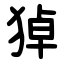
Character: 㹿